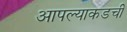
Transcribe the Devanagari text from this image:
आपल्याकडची